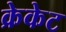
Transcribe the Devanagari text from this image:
क्रेकेट